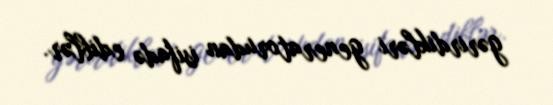
gərirdikləri generatorudan isifadə ediblər.